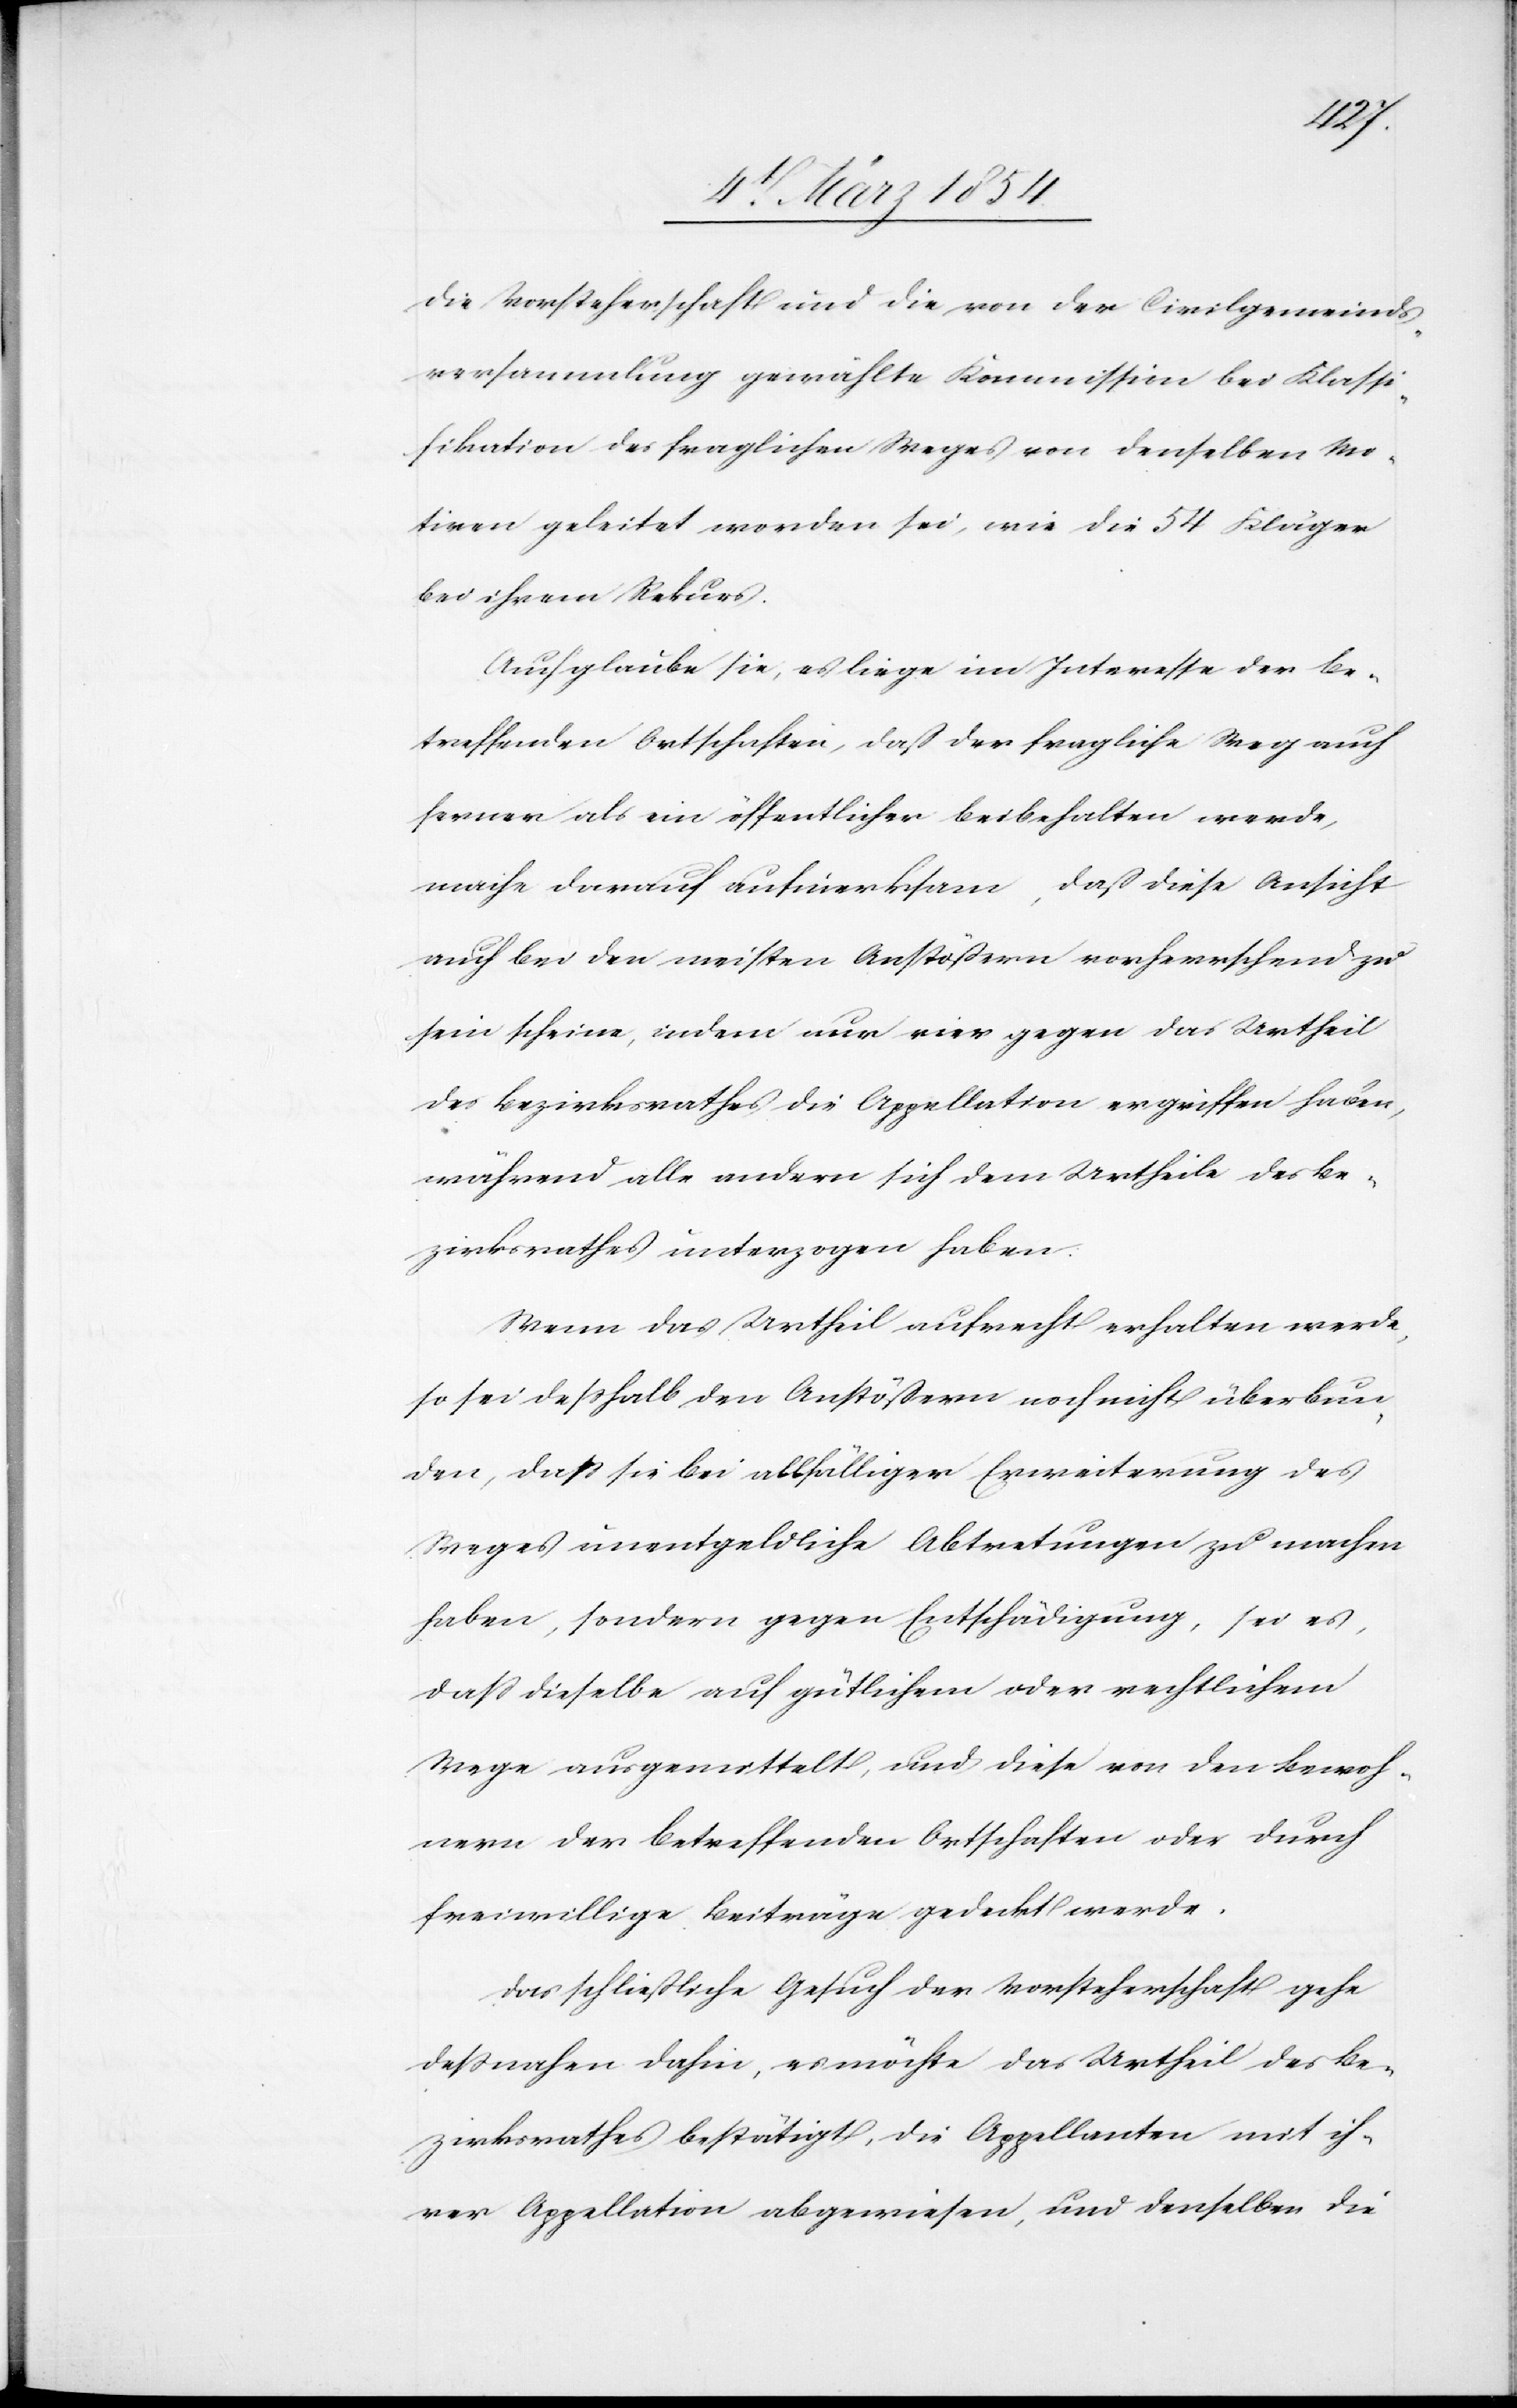
die Vorsteherschaft und die von der Civilgemeinds¬
versammlung gewählte Kommission bei Klassi¬
fikation des fraglichen Weges von denselben Mo¬
tiven geleitet worden sei wie die 54 Kläger
bei ihrem Rekurs.
Auch glaube sie, es liege im Interesse der be¬
treffenden Ortschaften, daß der fragliche Weg auch
ferner als ein öffentlicher beibehalten werde,
mache darauf aufmerksam, daß diese Ansicht
auch bei den meisten Anstößern vorherrschend zu
sein scheine, indem nur vier gegen das Urtheil
des Bezirksrathes die Appellation ergriffen haben,
während alle andern sich dem Urtheile des Be¬
zirksrathes unterzogen haben.
Wenn das Urtheil aufrecht erhalten werde,
so sei deßhalb den Anstößern noch nicht überbun¬
den, daß sie bei allfälliger Erweiterung des
Weges unentgeldliche Abtretungen zu machen
haben, sondern gegen Entschädigung, sei es,
daß dieselbe auf gütlichem oder rechtlichem
Wege ausgemittelt, und diese von den Bewoh¬
nern der betreffenden Ortschaften oder durch
freiwillige Beiträge gedeckt werde.
Das schließliche Gesuch der Vorsteherschaft gehe
deßnahen dahin, es möchte das Urtheil des Be¬
zirksrathes bestätigt, die Appellanten mit ih¬
rer Appellation abgewiesen, und denselben die